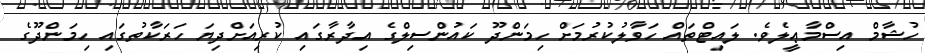
ހުޝާމް އިސްމާޢީލެވެ. ލައިޓްތައް ހަވާލުކުރުމަށް ހިމަންދޫ ކައުންސިލްގެ އިދާރާގައި ކުރިއަށްދިޔަ ހަރަކާތުގައި ހިމަންދޫގެ